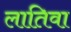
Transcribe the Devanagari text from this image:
लातिवा